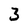
Character: 3